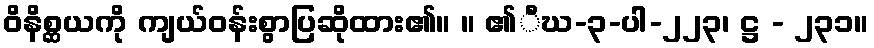
ဝိနိစ္ဆယကို ကျယ်ဝန်းစွာပြဆိုထား၏။ ။ ၏ီဃ-၃-ပါ-၂၂၃၊ ဋ္ဌ - ၂၃၁။